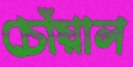
চোঁয়াল